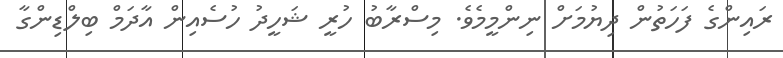
ރައިންގެ ފަހަތުން ދިޔުމަށް ނިންމީމެވެ. މިސްރާބު ހުރީ ޝަހީދު ހުސެއިން އާދަމް ބިލްޑިންގާ